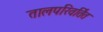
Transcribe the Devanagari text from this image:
तालपरिवर्तित